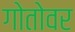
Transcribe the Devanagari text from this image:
गोतोवर